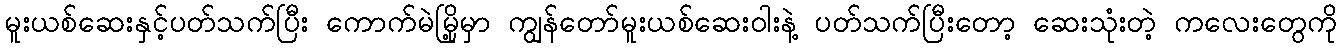
မူးယစ်ဆေးနှင့်ပတ်သက်ပြီး ကောက်မဲမြို့မှာ ကျွန်တော်မူးယစ်ဆေးဝါးနဲ့ ပတ်သက်ပြီးတော့ ဆေးသုံးတဲ့ ကလေးတွေကို